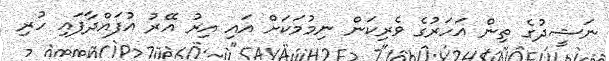
ނަޝީދުގެ ތިން އަހަރުގެ ވެރިކަން ނިމުމަކަށް އައި އިރު އޭރު އުފައްދާފައި ހުރި